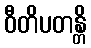
ဝီတိပတန္တိ